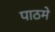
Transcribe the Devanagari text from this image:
पाठमे